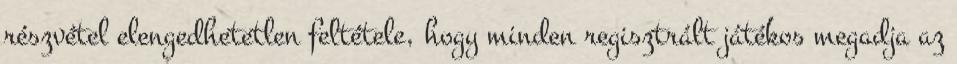
részvétel elengedhetetlen feltétele, hogy minden regisztrált játékos megadja az